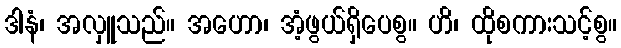
ဒါနံ၊ အလှူသည်။ အဟော၊ အံ့ဖွယ်ရှိပေစွ။ ဟိ၊ ထိုစကားသင့်စွ။